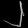
Digit: ၂